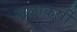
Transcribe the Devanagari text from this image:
जलाकर्षी